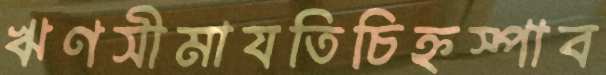
ঋণসীমাযতিচিহ্নস্পাব